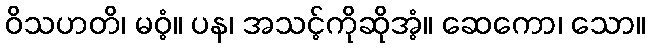
ဝိသဟတိ၊ မဝံ့။ ပန၊ အသင့်ကိုဆိုအံ့။ ဆေကော၊ သော။